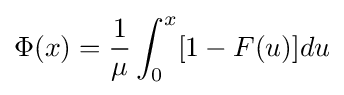
\Phi (x)={\frac {1}{\mu }}\int _{0}^{x}[1-F(u)]du